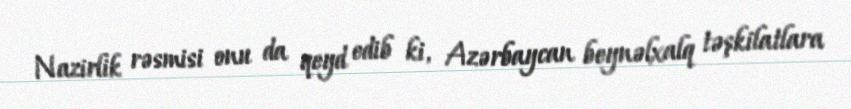
Nazirlik rəsmisi onu da qeyd edib ki, Azərbaycan beynəlxalq təşkilatlara